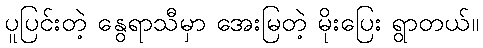
ပူပြင်းတဲ့ နွေရာသီမှာ အေးမြတဲ့ မိုးပြေး ရွာတယ်။